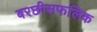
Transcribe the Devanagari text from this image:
बरछीसफलिक